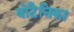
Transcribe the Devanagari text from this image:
बोटैनिका